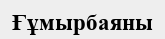
Ғұмырбаяны